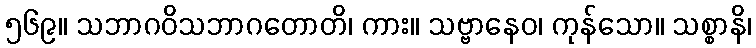
၅၆၉။ သဘာဂဝိသဘာဂတောတိ၊ ကား။ သဗ္ဗာနေဝ၊ ကုန်သော။ သစ္စာနိ၊